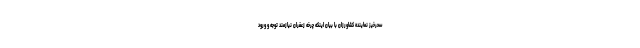
سحرخیز نماینده کشاورزان با بیان اینکه چرخه زعفران نیازمند توجه و ورود